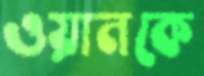
ওয়ানকে